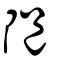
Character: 𨹝